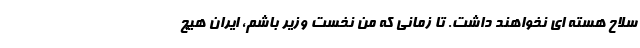
سلاح هسته ای نخواهند داشت. تا زمانی که من نخست وزیر باشم، ایران هیچ